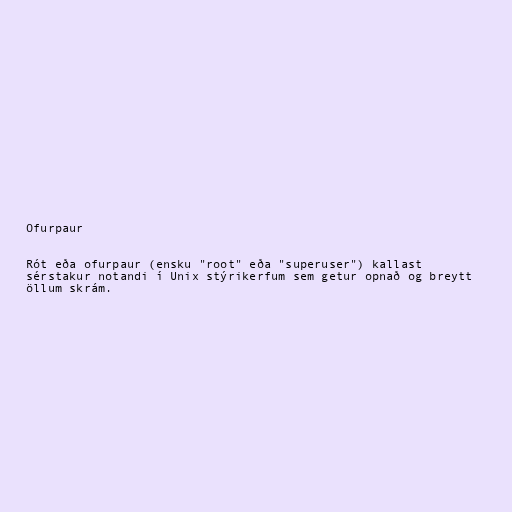
Ofurpaur

Rót eða ofurpaur (ensku "root" eða "superuser") kallast
sérstakur notandi í Unix stýrikerfum sem getur opnað og breytt
öllum skrám.